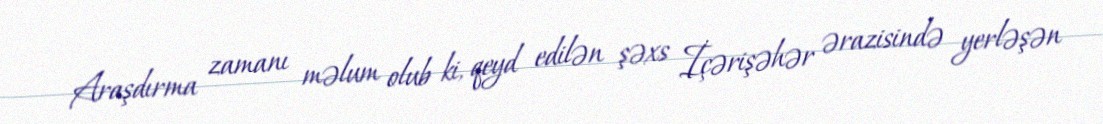
Araşdırma zamanı məlum olub ki, qeyd edilən şəxs İçərişəhər ərazisində yerləşən